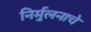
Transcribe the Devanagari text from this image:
निर्मुलनाचे